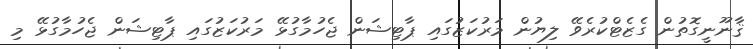
ޤާނޫނީގޮތުން ގެޒެޓްކުރެވޭ ލިޔުން މަރުކަޒުގައި ޕާޓިޝަން ޖެހުމާގުޅޭ މަރުކަޒުގައި ޕާޓިޝަން ޖެހުމާގުޅޭ މި